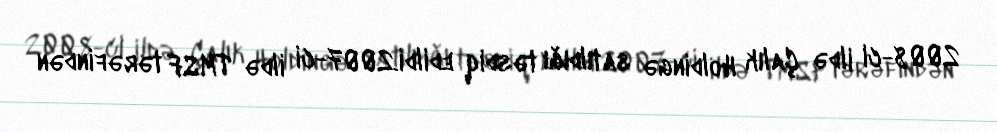
2008-ci ildə Çalık Holdingə satıldığı təsdiq edildi.2007-ci ildə TMSF tərəfindən